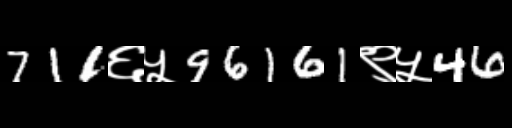
Text: 711६५96161९५46